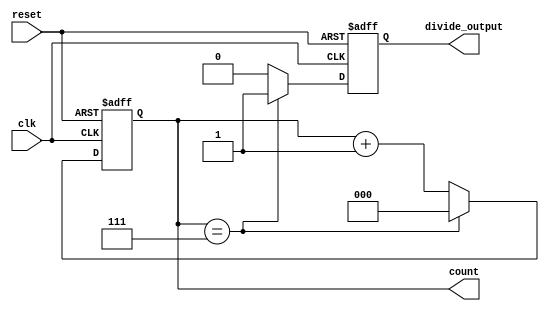
module divide_by_N_counter #(
    parameter N = 8  // Parameter to define the count value (N)
)(
    input wire clk,            // Clock input
    input wire reset,          // Asynchronous reset
    output reg [clog2(N)-1:0] count,         // Current count value
    output reg divide_output    // Output signal when count reaches N
);

    // Internal signal to keep track of the next count value
    reg [clog2(N)-1:0] next_count;

    // Calculate the ceiling of log2(N) to ensure proper counter width
    function integer clog2(input integer value);
        begin
            value = value - 1;
            for (clog2 = 0; value > 0; clog2 = clog2 + 1)
                value = value >> 1;
        end
    endfunction

    // Sequential logic for the counter
    always @(posedge clk or posedge reset) begin
        if (reset) begin
            count <= 0;         // Reset the count to 0
            divide_output <= 0; // Clear the divide_output
        end else begin
            if (count == (N - 1)) begin
                divide_output <= 1; // Set divide_output high
                count <= 0;         // Reset count to 0
            end else begin
                divide_output <= 0; // Reset divide_output
                count <= count + 1; // Increment count
            end
        end
    end

endmodule